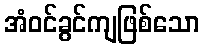
အံဝင်ခွင်ကျဖြစ်သော